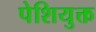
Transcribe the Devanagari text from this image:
पेशियुक्त